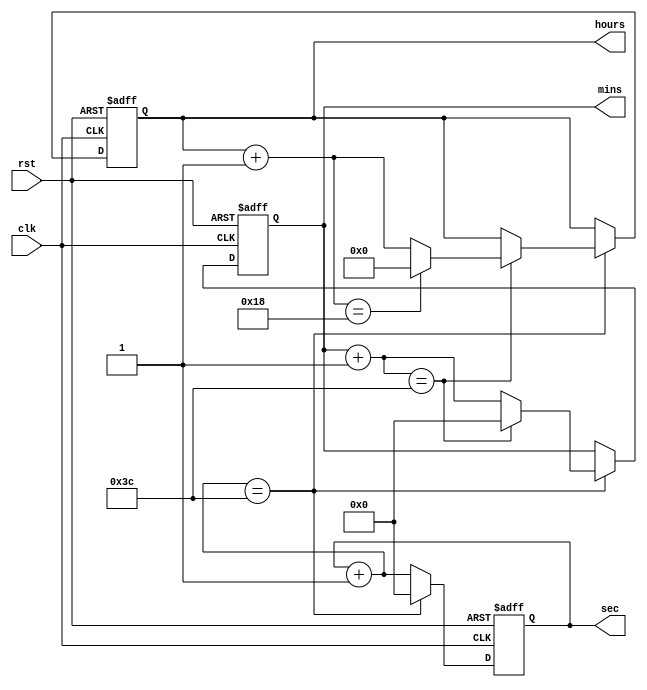
`timescale 1ns / 1ps

module Digital_Clock(
input clk,rst,
output reg [5:0]sec,mins,
output reg [4:0]hours);

always @(posedge clk or posedge rst) begin 
if(rst) begin
    sec=0;mins=0;hours=0; end
else if (clk) begin 
    sec = sec + 1;
    if (sec == 60) begin 
        mins = mins + 1;
        sec=0;
        if (mins == 60) begin
            mins = 0;
            hours = hours + 1;
            if(hours == 24) 
                hours = 0;
        end
    
    end
    
end
    
    
end
endmodule